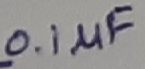
Text: 0.1µF